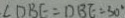
\angle D B E = D B E = 3 0 ^ { \circ }